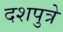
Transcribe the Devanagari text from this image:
दशपुत्रे